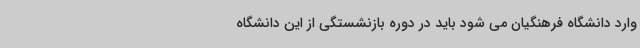
وارد دانشگاه فرهنگیان می شود باید در دوره بازنشستگی از این دانشگاه